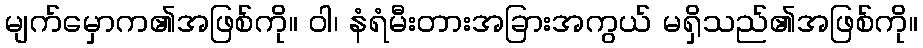
မျက်မှောက၏အဖြစ်ကို။ ဝါ၊ နံရံမီးတားအခြားအကွယ် မရှိသည်၏အဖြစ်ကို။